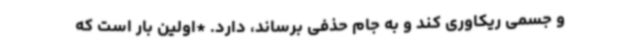
و جسمی ریکاوری کند و به جام حذفی برساند، دارد. *اولین بار است که